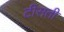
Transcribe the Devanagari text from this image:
टीसती